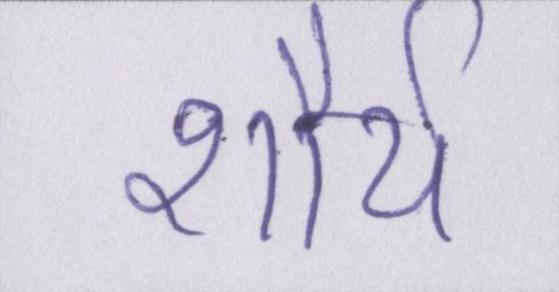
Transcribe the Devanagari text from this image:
शौर्य